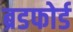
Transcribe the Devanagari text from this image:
ब्रडफोर्ड